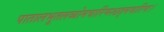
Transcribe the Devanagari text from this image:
पातालभूतलव्योमचारिणश्छद्मचारिणः।